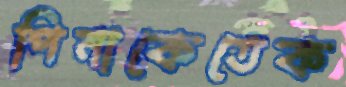
পিনাকেতেক